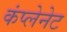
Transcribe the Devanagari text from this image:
कंप्लेनेट